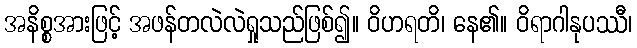
အနိစ္စအားဖြင့် အဖန်တလဲလဲရှုသည်ဖြစ်၍။ ဝိဟရတိ၊ နေ၏။ ဝိရာဂါနုပဿီ၊